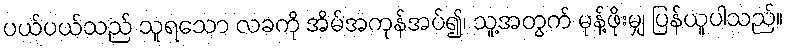
ပယ်ပယ်သည် သူရသော လခကို အိမ်အကုန်အပ်၍၊ သူ့အတွက် မုန့်ဖိုးမျှ ပြန်ယူပါသည်။